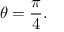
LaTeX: \theta = { \frac { \pi } { 4 } } .